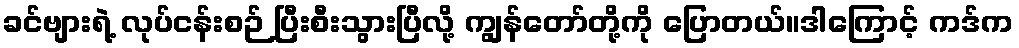
ခင်ဗျားရဲ့ လုပ်ငန်းစဉ် ပြီးစီးသွားပြီလို့ ကျွန်တော်တို့ကို ပြောတယ်။ဒါကြောင့် ကဒ်က